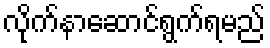
လိုက်နာဆောင်ရွက်ရမည်